system: You are a helpful assistant.
user:
Analyze the provided spectrum to determine if it is a **"Cataclysmic Variables (CV)"**.

- **Key Indicators for CV (Check for either state):**
    - **State 1: Quiescent / Low-State (Emission-Dominated)**
        - **(Primary):** Strong and *very broad* Hydrogen Balmer emission lines (e.g., $H\alpha$ at 6563 Å, $H\beta$ at 4861 Å). The 'broadness' (high velocity dispersion, often FWHM > 1000 km/s) is the key diagnostic, indicating a high-velocity accretion disk.
        - **(Secondary):** Broad neutral Helium (He I) emission lines (e.g., 5876 Å, 6678 Å).
        - **(Key Confirmation):** Presence of high-excitation *ionized* Helium (He II) emission at 4686 Å. This is a strong indicator of accretion onto a white dwarf.
        - **(Line Profile):** Emission lines may exhibit a 'double-peaked' profile, which is a classic signature of a rotating accretion disk viewed at high inclination.

    - **State 2: Outburst / High-State (Absorption-Dominated)**
        - **(Primary):** Spectrum is dominated by a bright, blue continuum (looks like a hot star).
        - **(Secondary):** The emission lines from State 1 are weak, absent, or 'filled in', and are replaced by broad, shallow *absorption* lines (primarily Balmer and He I).
        - **(Morphology):** The overall spectrum mimics a hot B/A-type star. The crucial difference is that the absorption lines are significantly broader, shallower, and more 'washed-out' (or 'smeared') than the sharp lines of a normal stellar photosphere, due to high rotational speeds and pressure broadening in the disk.

Think first, call **spectral_visualization_tool** if needed to examine features in detail, then provide your final answer. Your response must adhere to the following strict rules:
1.  **Overall Structure:** Your response must follow the format `<think>...</think> <tool_call>...</tool_call> (if a tool is used) <answer>...</answer>`.
2.  **Tool Usage Constraint:** You may only make **one** tool call per turn.
3.  **Final Answer Format:** In the `<answer>` tag, your conclusion must be inside a `\boxed{}` command (e.g., `\boxed{YES}`), followed by your justification.

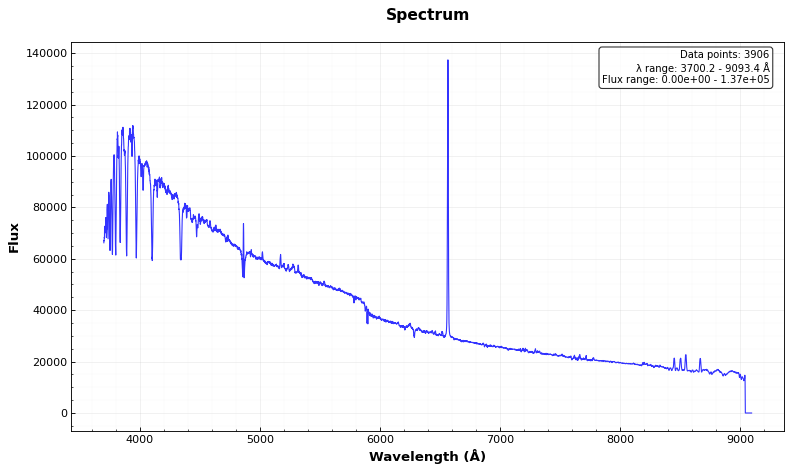
Answer: NO